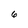
Character: 6